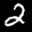
Label: 2